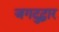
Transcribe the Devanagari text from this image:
जगदुद्धार